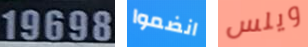
19698 انضموا ويلس